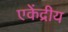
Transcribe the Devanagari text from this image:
एकेंद्रीय